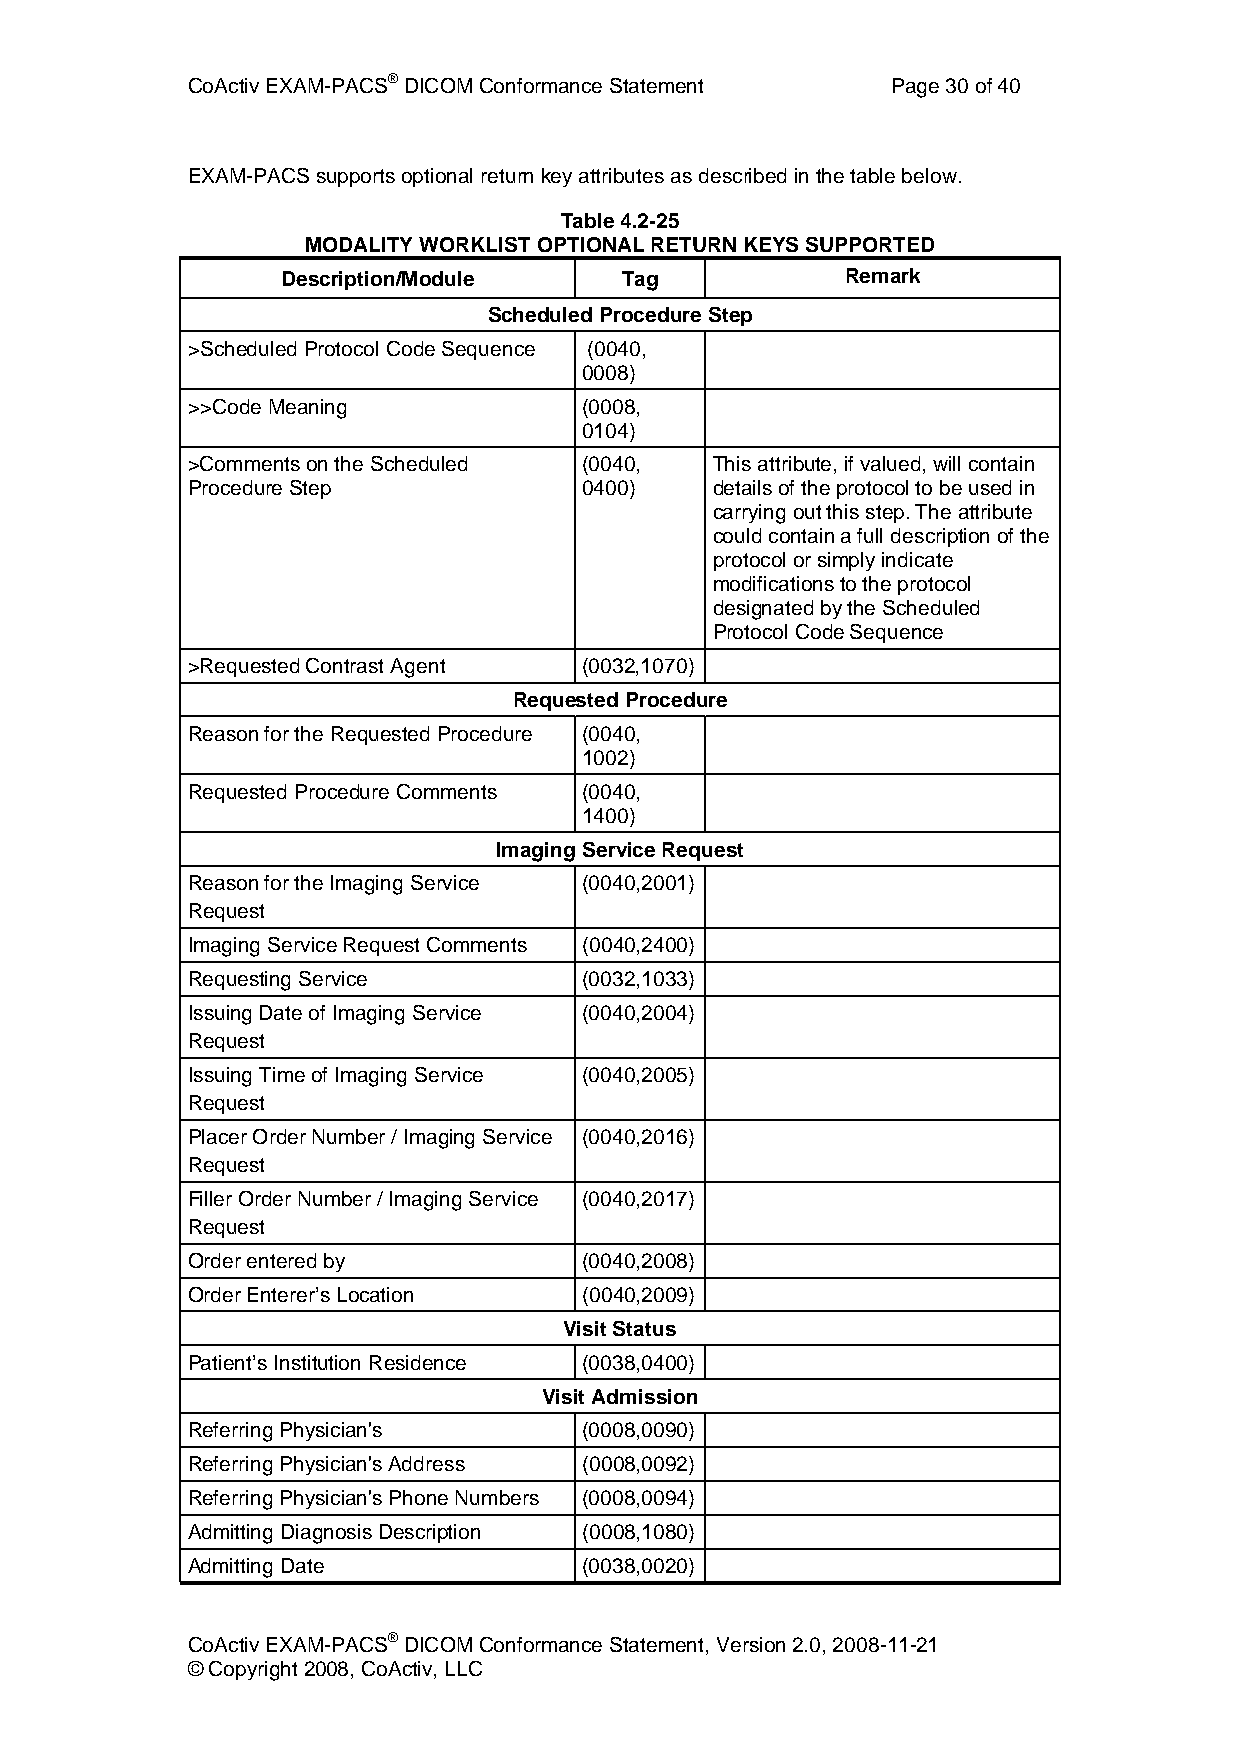
CoActiv EXAM-PACS® DICOM Conformance Statement Page 30 of 40
 EXAM-PACS supports optional return key attributes as described in the table below.
 Table 4.2-25
 MODALITY WORKLIST OPTIONAL RETURN KEYS SUPPORTED
 Description/Module    Tag            Remark
 Scheduled Procedure Step
 >Scheduled Protocol Code Sequence (0040,
 0008)
 >>Code Meaning             (0008,
 0104)
 >Comments on the Scheduled (0040,  This attribute, if valued, will contain
 Procedure Step             0400)   details of the protocol to be used in
 carrying out this step. The attribute
 could contain a full description of the
 protocol or simply indicate
 modifications to the protocol
 designated by the Scheduled
 Protocol Code Sequence
 >Requested Contrast Agent  (0032,1070)
 Requested Procedure
 Reason for the Requested Procedure (0040,
 1002)
 Requested Procedure Comments (0040,
 1400)
 Imaging Service Request
 Reason for the Imaging Service (0040,2001)
 Request
 Imaging Service Request Comments (0040,2400)
 Requesting Service         (0032,1033)
 Issuing Date of Imaging Service (0040,2004)
 Request
 Issuing Time of Imaging Service (0040,2005)
 Request
 Placer Order Number / Imaging Service (0040,2016)
 Request
 Filler Order Number / Imaging Service (0040,2017)
 Request
 Order entered by           (0040,2008)
 Order Enterer’s Location   (0040,2009)
 Visit Status
 Patient’s Institution Residence (0038,0400)
 Visit Admission
 Referring Physician's      (0008,0090)
 Referring Physician's Address (0008,0092)
 Referring Physician's Phone Numbers (0008,0094)
 Admitting Diagnosis Description (0008,1080)
 Admitting Date             (0038,0020)
 CoActiv EXAM-PACS® DICOM Conformance Statement, Version 2.0, 2008-11-21
 © Copyright 2008, CoActiv, LLC